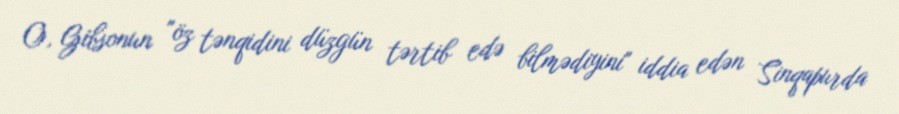
O, Gibsonun "öz tənqidini düzgün tərtib edə bilmədiyini" iddia edən Sinqapurda